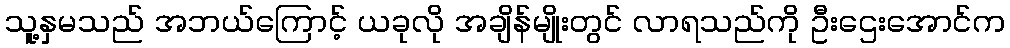
သူ့နှမသည် အဘယ်ကြောင့် ယခုလို အချိန်မျိုးတွင် လာရသည်ကို ဦးဌေးအောင်က